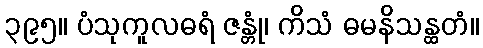
၃၉၅။ ပံသုကူလဓရံ ဇန္တုံ၊ ကိသံ ဓမနိသန္ထတံ။